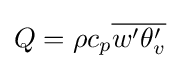
Q=\rho c_{p}{\overline {w'\theta _{v}'}}